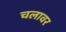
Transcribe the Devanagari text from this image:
चलावर